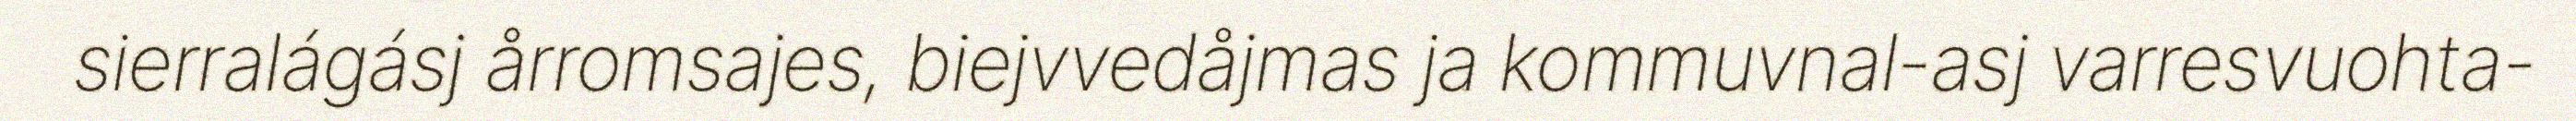
sierralágásj årromsajes, biejvvedåjmas ja kommuvnal-asj varresvuohta-